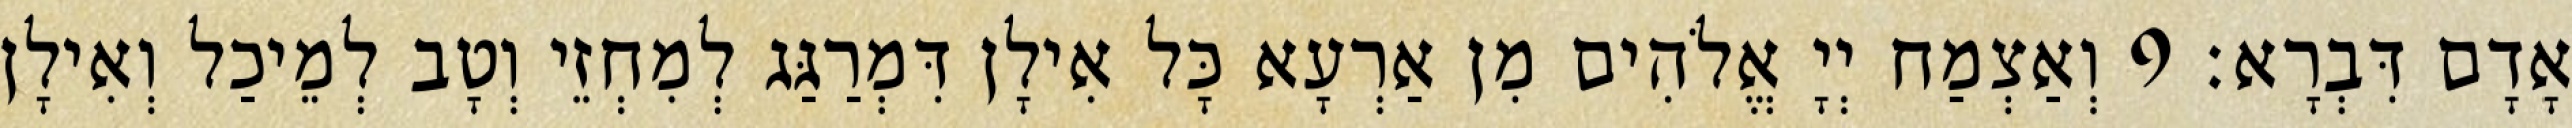
אָדָם דִּבְרָא׃ 9 וְאַצְמַח יְיָ אֱלֹהִים מִן אַרְעָא כָּל אִילָן דִּמְרַגַּג לְמִחְזֵי וְטָב לְמֵיכַל וְאִילָן